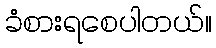
ခံစားရစေပါတယ်။